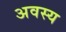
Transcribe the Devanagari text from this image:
अवस्य